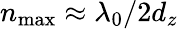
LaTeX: n_{\mathrm{max}}\approx\lambda_{0}/2d_{z}